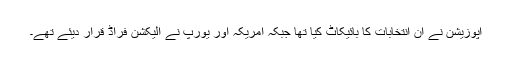
اپوزیشن نے ان انتخابات کا بائیکاٹ کیا تھا جبکہ امریکہ اور یورپ نے الیکشن فراڈ قرار دیئے تھے۔